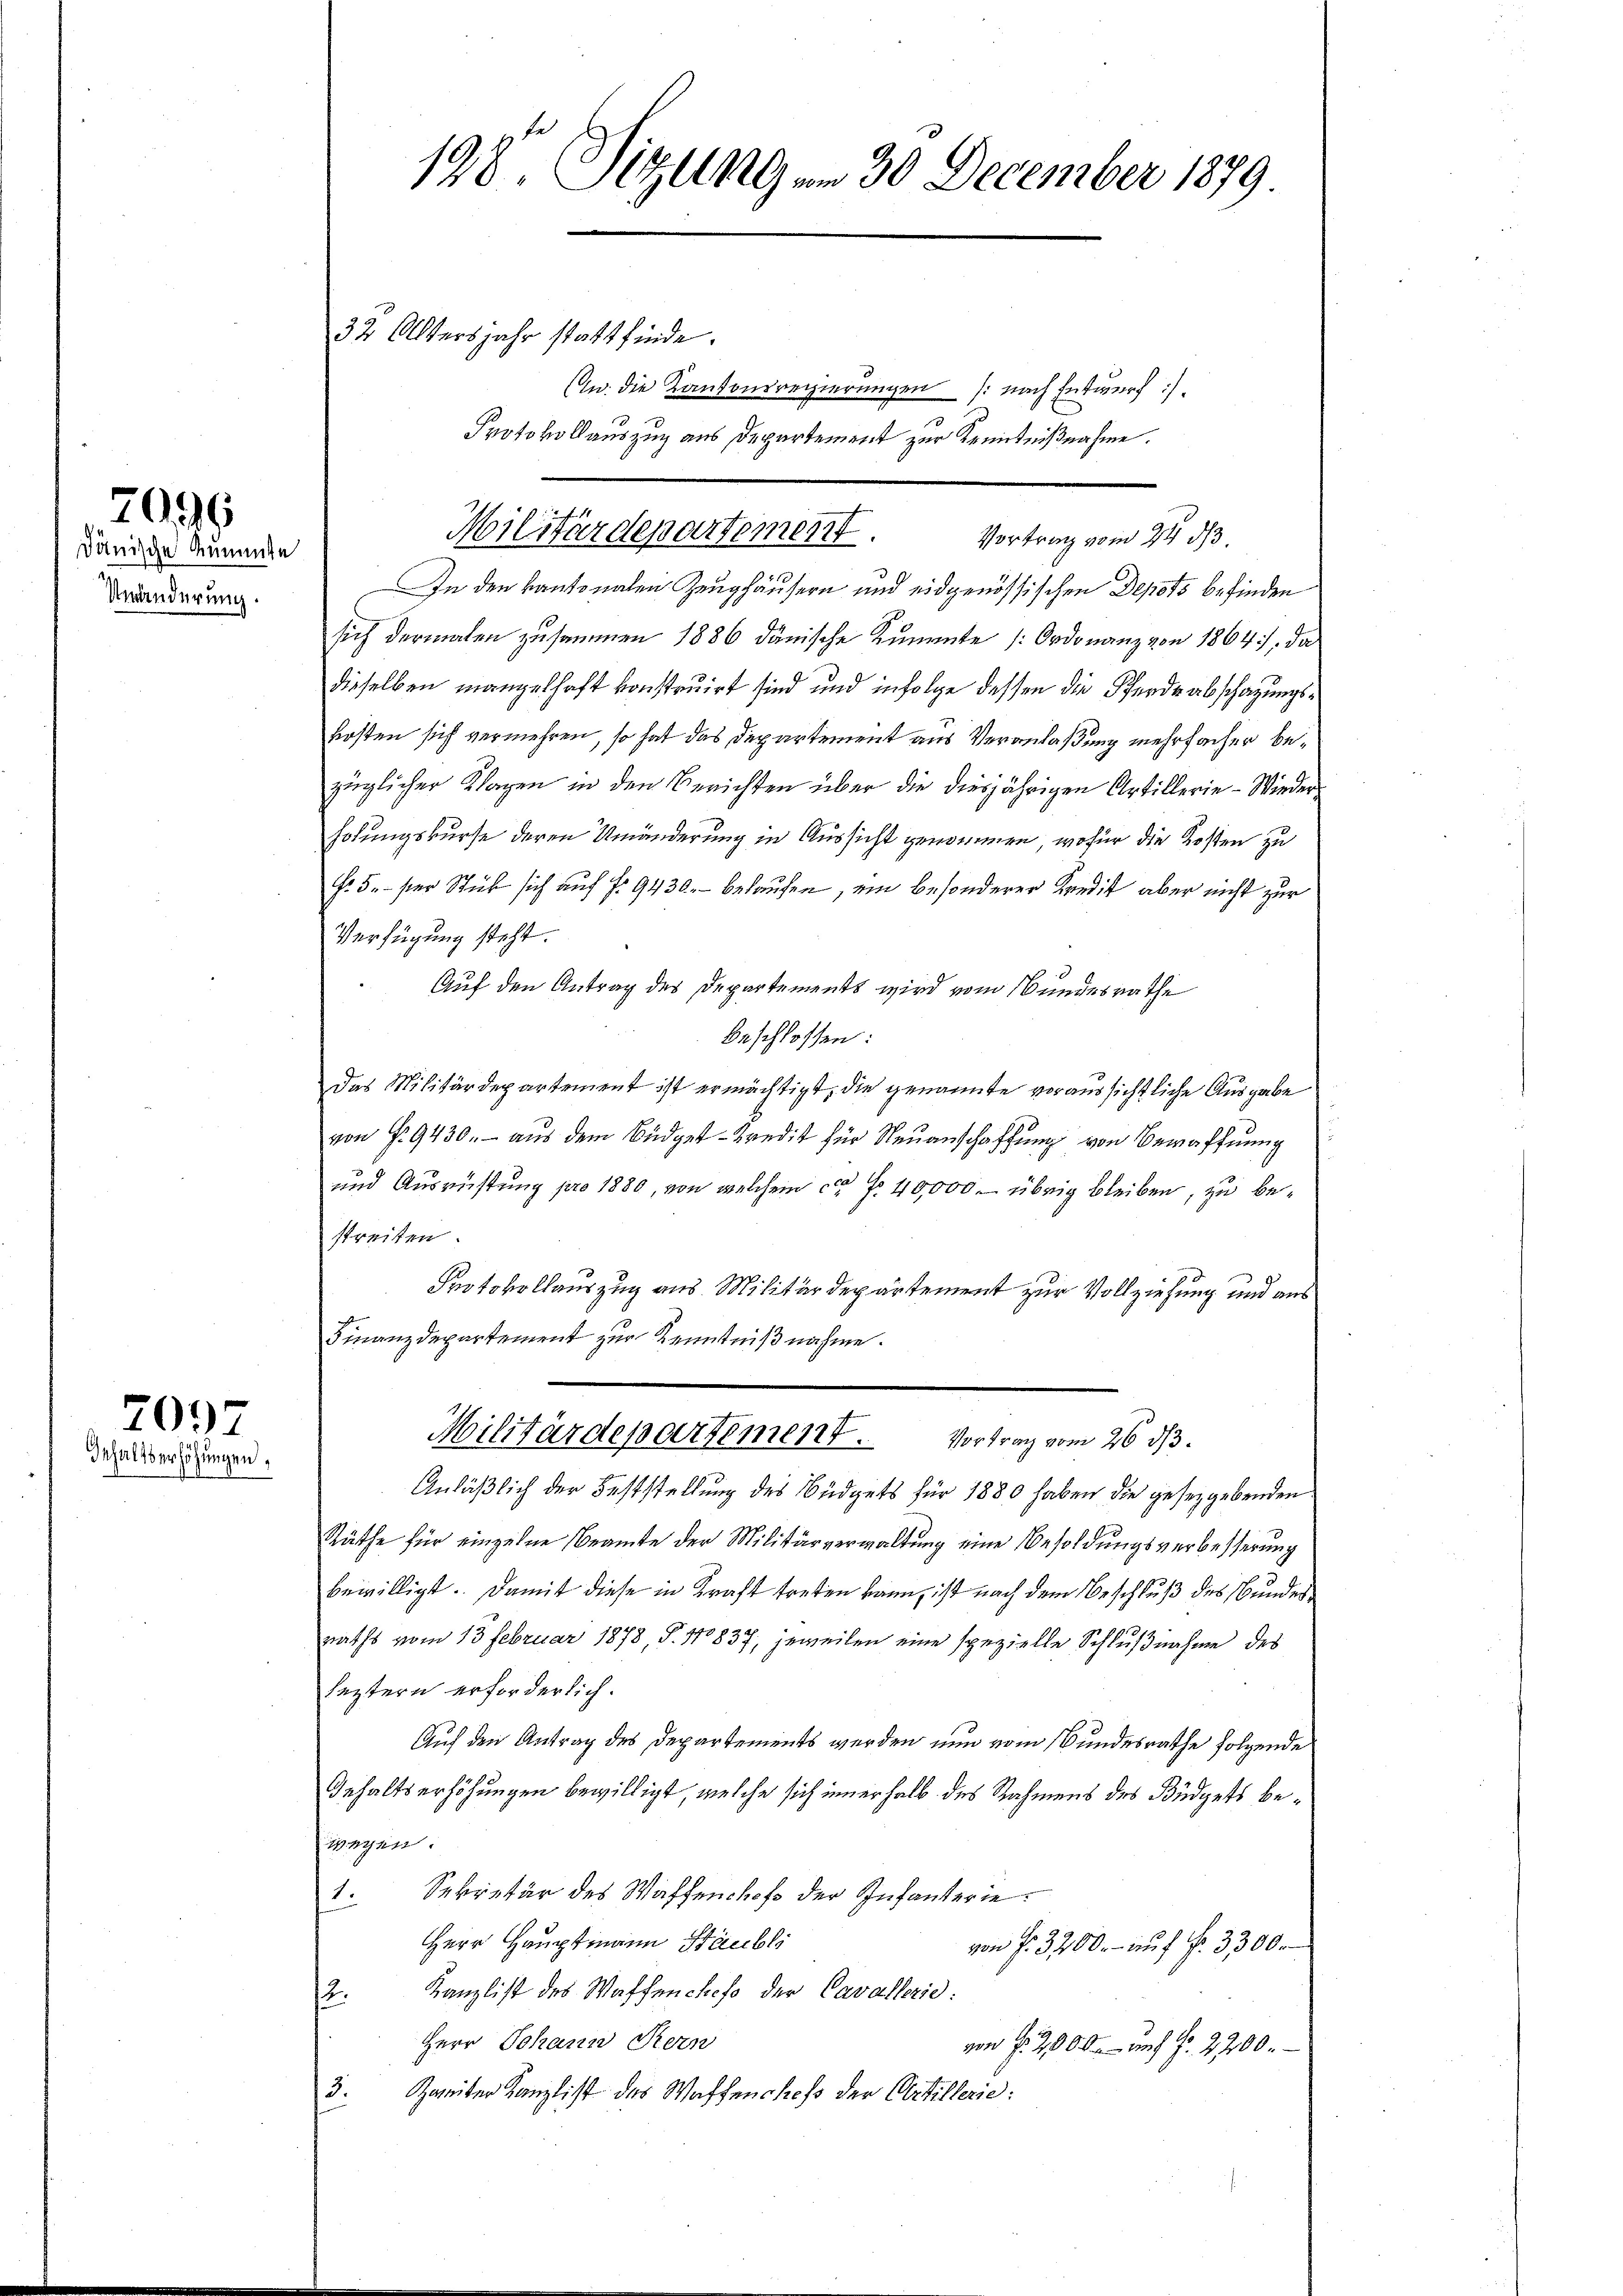
dänische Summte
Unänderung.

2099

701
Inhaltserhöhungen,

198. Sizung am 30. December 1879

32 Altersjahr statt finde.
In. die Kantonsregierungen (nach Entwurf :)
Protokollauszug aus Departement zur Kenntnißnahme.
Militärdepartement. Vortrag vom 24. ds
In den kantonalen Zeughäusern und eidgenössischen Depots befinden
sich dermalen zusammen 1886 dänische Zummte Ordonanz von 1864, da
dieselben mangelhaft konstruirt sind und infolge dessen die Pferde abschazungskosten sich vermehren, so hat das Departement aus Veranlaßung mehrfacher bezüglicher Klagen in den Berichten über die diesjährigen Artillerie - Wieder
holungskurse deren Umänderung in Aussicht genommen, wofür die Kosten zu
Fr. 5. per Stück sich auf fr. 9430. belaufen, ein besonderer Kredit aber nicht zur
Verfügung steht.
Auf den Antrag des Departements wird vom Bundesrathe
beschlossen:
Das Militärdepartement ist ermächtigt, die genannte voraussichtliche Ausgabe
von Fr. 9430. - aus dem Büdget-Kredit für Neuanschaffung von Bewaffnung
und Ausrüstung pro 1880, von welchem ca Fr. 40,000 - übrig bleiben, zu bestreiten.
Protokollauszug aus Militärdepartement zur Vollziehung und aus
Finanzdepartement zur Kenntniβnahme.
Militärdepartement. Vortrag vom 26. ds.
Anläßlich der Feststellung des Büdgets für 1880 haben die gesetzgebenden
Räthe für einzelne Beamte der Militärverwaltung eine Besoldungsverbesserung
bewilligt. Damit diese in Kraft treten kann, ist nach dem Beschluß des Bundesraths vom 13 Februar 1878, §. 110837, jeweilen eine spezielle Schlußnahme des
leztern erforderlich.
Auf den Antrag des Departements werden nun vom Bundesrathe folgende
Gehaltserhöhungen bewilligt, welche sich innerhalb des Rahmens des Büdgets bewegen.
1. Sekretär des Waffenchof der Infanterie:
Herr Hauptmann Stäubli
von f. 3200.- auf fr. 3300.
Kanzlist des Waffenchefo der Cavallerie:
.
Herr Johann Kern
von §. 2000.- auf Fr. 2200.
3.
Zweiter Kanzlist des Waffenches der Artillerie: